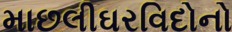
માછલીઘરવિદોનો